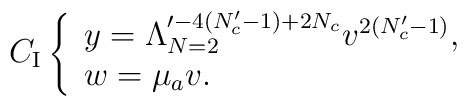
C_{{\rm I}}\left\{            \begin{array}{l}              y=\Lambda_{N=2}^{\prime -4(N_c'-1)+2N_c}v^{2(N_c'-1)}, \\              w=\mu_a v.            \end{array} \right.